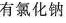
有氯化钠